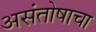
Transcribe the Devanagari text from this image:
असंतोषाचा